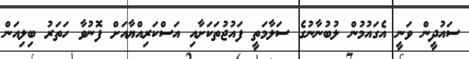
ސައުދީން ވަނީ އެގައުމުން ލުބުނާނުގެ ސަލާމަތީ ފައުޖުތަކަށާއި އަސްކަރިއްޔާއަށް ފޮނުވާ ހަތަރު ބިލިއަން